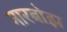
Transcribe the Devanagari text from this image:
नारबोझ